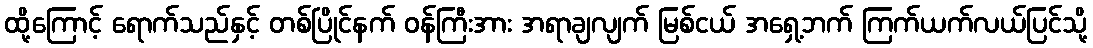
ထို့ကြောင့် ရောက်သည်နှင့် တစ်ပြိုင်နက် ဝန်ကြီးအား အရာချလျက် မြစ်ငယ် အရှေ့ဘက် ကြက်ယက်လယ်ပြင်သို့